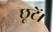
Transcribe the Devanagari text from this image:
छूटें।